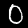
Label: 0